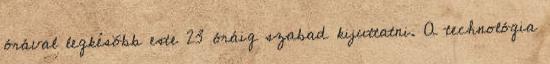
órával legkésõbb este 23 óráig szabad kijuttatni. A technológia